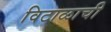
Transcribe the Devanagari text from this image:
विटाळाची